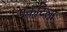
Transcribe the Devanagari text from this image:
पकटिला